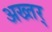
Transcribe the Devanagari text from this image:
अख्तर्